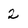
Character: 2